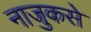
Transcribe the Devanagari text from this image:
नाजुकसे